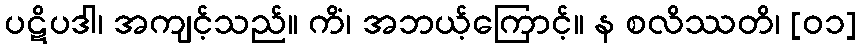
ပဋိပဒါ၊ အကျင့်သည်။ ကိံ၊ အဘယ့်ကြောင့်။ န စလိဿတိ၊ [၀၁]